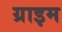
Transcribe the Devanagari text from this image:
ग्राइम